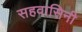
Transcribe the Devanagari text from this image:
सहवासिनी